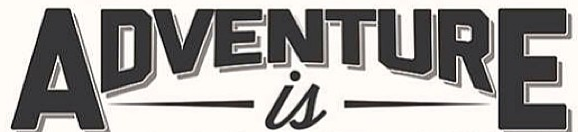
ADVENTURE